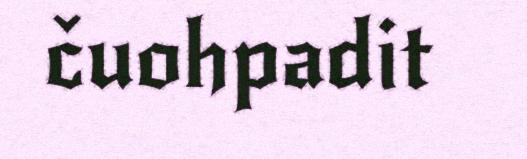
čuohpadit